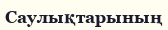
Саулықтарының